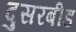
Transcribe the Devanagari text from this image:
दुसरबीड